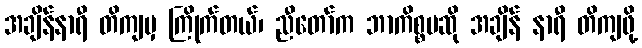
အချိန်နာရီ တိကျမှ ကြိုက်တယ်၊ ညီတော်က ဘာကိစ္စမဆို အချိန် နာရီ တိကျဖို့